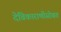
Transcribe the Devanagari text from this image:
देविकाराणीसोबत